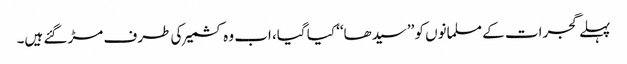
پہلے گجرات کے مسلمانوں کو ’’سیدھا‘‘ کیا گیا، اب وہ کشمیر کی طرف مڑ گئے ہیں۔